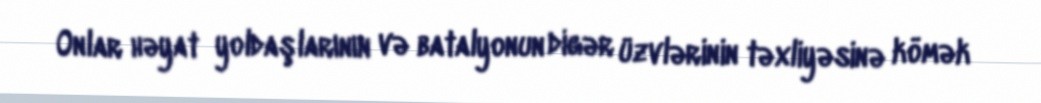
Onlar həyat yoldaşlarının və batalyonun digər üzvlərinin təxliyəsinə kömək